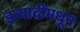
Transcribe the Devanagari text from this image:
इत्यादींमधून